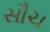
સૌચ